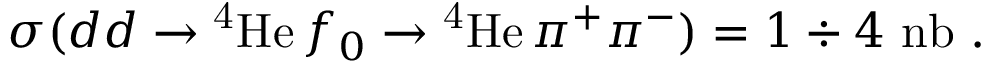
\sigma ( d d \rightarrow \mathrm { ^ 4 H e } \, f _ { 0 } \rightarrow \mathrm { ^ 4 H e } \, \pi ^ { + } \pi ^ { - } ) = 1 \div 4 ~ \mathrm { n b } \ .